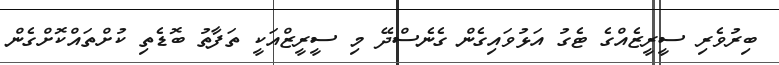
ބިރުވެރި ސީރީޒެއްގެ ޓެގު އަޅުވައިގެން ގެނެސްދޭ މި ސީރީޒްއަކީ ތަފާތު ބޮޑެތި ކުށްތައްކޮށްގެން